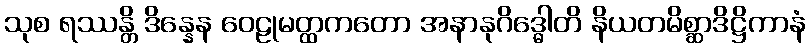
သုစ ရဿန္တိ ဒိန္နေန ဝေဠုမတ္ထကတော အနာနုဂိဒ္ဓေါတိ နိယတမိစ္ဆာဒိဋ္ဌိကာနံ